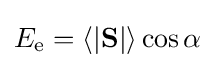
E_{\mathrm {e} }=\langle |\mathbf {S} |\rangle \cos \alpha